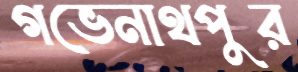
গভেনাথপুর